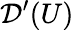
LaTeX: {\mathcal{D}}^{\prime}(U)